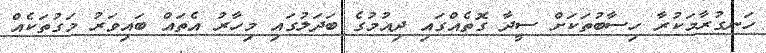
ހަނގުރާމަކުރާ ހިސާބުތަކަށް ސީދާ ގޮތެއްގައި ދިއުމުގެ ބަދަލުގައި މިހާރު އެތައް ބައިވަރު މަގުތަކެއް